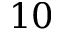
1 0